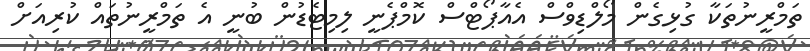
ތަމްރީނުތަކާ ގުޅިގެން މޯލްޑިވްސް އެއާޕޯޓްސް ކޮމްޕެނީ ލިމިޓެޑުން ބުނީ އެ ތަމްރީނުތައް ކުރިއަށް